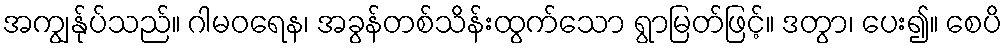
အကျွန်ုပ်သည်။ ဂါမဝရေန၊ အခွန်တစ်သိန်းထွက်သော ရွာမြတ်ဖြင့်။ ဒတွာ၊ ပေး၍။ စေပိ